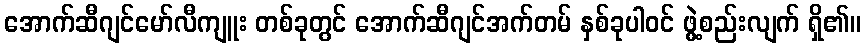
အောက်ဆီဂျင်မော်လီကျူး တစ်ခုတွင် အောက်ဆီဂျင်အက်တမ် နှစ်ခုပါဝင် ဖွဲ့စည်းလျက် ရှိ၏။